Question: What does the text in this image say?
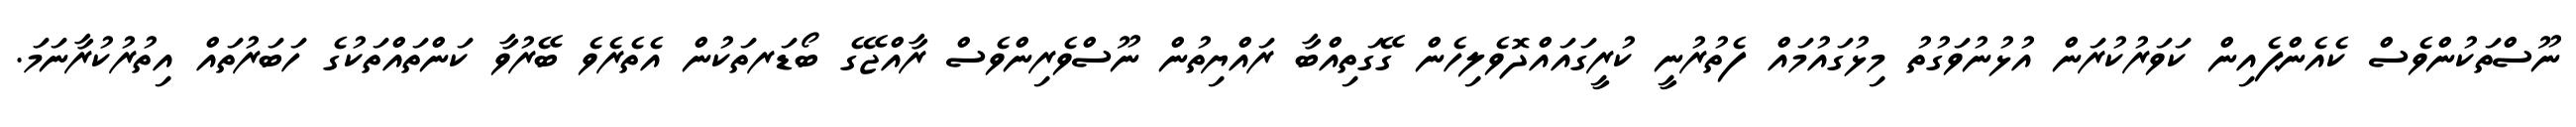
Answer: ނޫސްތަކުންވެސް ކެއެންޕެއިން ކަވަރުކުރަން އުޅުނުވަގުތު މިޅުގައުމައް ފެތުރުނީ ކުރީގައައްދޮވެލިހެން ގޭގަތިއްބާ ރައްޔިތުން ނޫސްވެރިންވެސް ރާއްޖޭގެ ބޯޑަރތަކުން އެތެރެވެ ބޭރުވާ ކަންތައްތަކުގެ ހަބަރުތައް އިތުރުކުރާނަމަ.